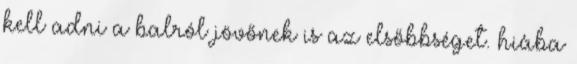
kell adni a balról jövőnek is az elsőbbséget. hiába